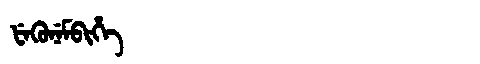
Manchu: ᡶᡝᡴᡠᠨᡝᠮᠪᡳᡥᡝ
Romanization: FEKUNEMBIHE